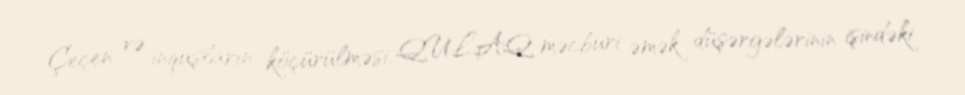
Çeçen və inquşların köçürülməsi, QULAQ məcburi əmək düşərgələrinin işindəki